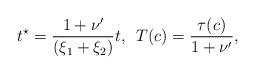
LaTeX: \begin{align*}t^{\star}=\frac{1+\nu'}{(\xi_1 +\xi_2)}t, \,\,\,T(c)=\frac{\tau(c)}{1+\nu'},\end{align*}